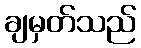
ချမှတ်သည်